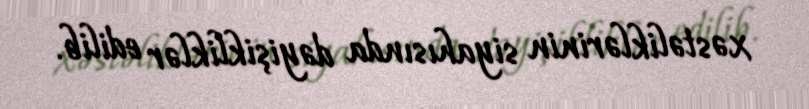
xəstəliklərinin siyahısında dəyişikliklər edilib.